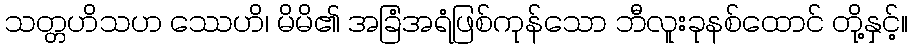
သတ္တဟိသဟ ဿေဟိ၊ မိမိ၏ အခြံအရံဖြစ်ကုန်သော ဘီလူးခုနစ်ထောင် တို့နှင့်။